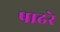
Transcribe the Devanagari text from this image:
पाढरे